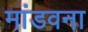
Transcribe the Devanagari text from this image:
मांडवना